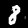
Label: 8